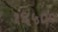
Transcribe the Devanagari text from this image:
१६५००